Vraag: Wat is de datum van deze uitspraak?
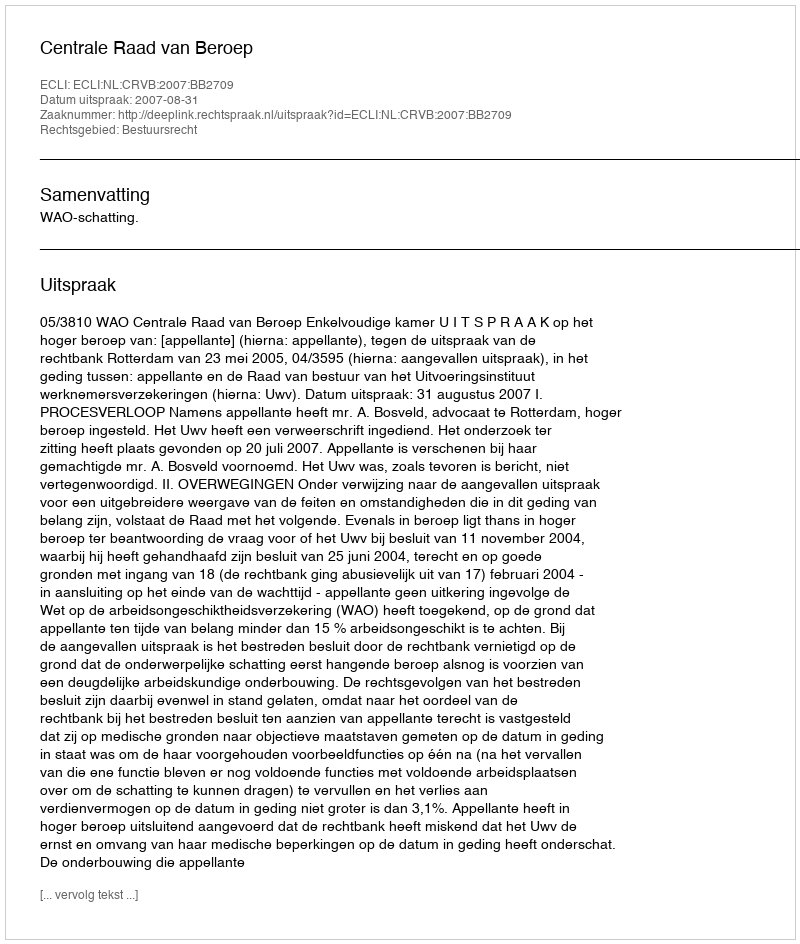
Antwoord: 2007-08-31